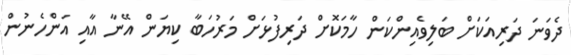
ދެވަނަ ދަރިއަކަށް ބަލިވެއިންކަން ހާމަކޮށް ދަރިފުޅަށް މަރުހަބާ ކިޔަން އޭނާ އާއި އަންހެނުން